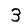
Digit: 3